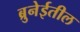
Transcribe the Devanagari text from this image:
ब्रुनेईतील